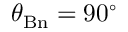
\theta _ { \mathrm { B n } } = 9 0 ^ { \circ }